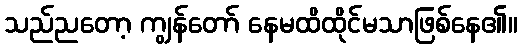
သည်ညတော့ ကျွန်တော် နေမထိထိုင်မသာဖြစ်နေ၏။